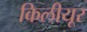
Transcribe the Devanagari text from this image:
किलीयूर